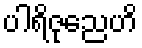
ပါရိဇုညေဟိ